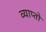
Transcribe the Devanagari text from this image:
व्याप्तो